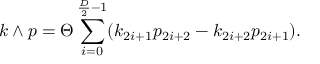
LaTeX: k \wedge p = \Theta \sum _ { i = 0 } ^ { \frac { D } { 2 } - 1 } ( k _ { 2 i + 1 } p _ { 2 i + 2 } - k _ { 2 i + 2 } p _ { 2 i + 1 } ) .